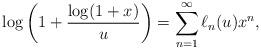
LaTeX: \begin{align*} \log\left( 1+\frac{\log(1+x)}{u}\right) = \sum_{n=1}^\infty \ell_n(u) x^n,\end{align*}